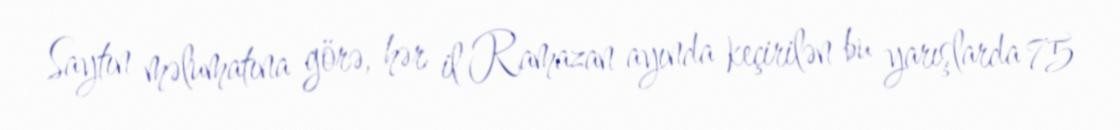
Saytın məlumatına görə, hər il Ramazan ayında keçirilən bu yarışlarda 75